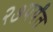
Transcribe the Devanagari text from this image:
२७पर्यंत